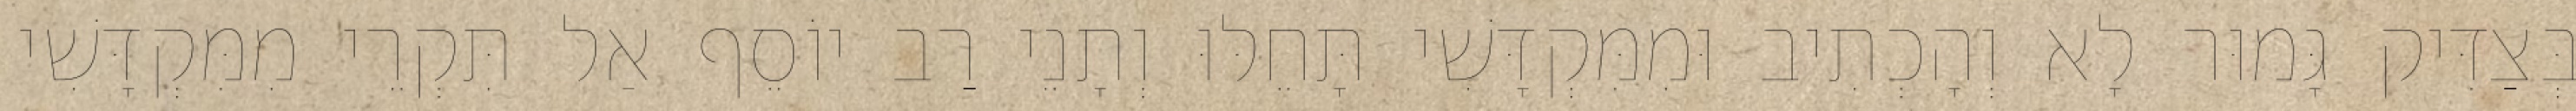
בְּצַדִּיק גָּמוּר לָא וְהָכְתִיב וּמִמִּקְדָּשִׁי תָּחֵלּוּ וְתָנֵי רַב יוֹסֵף אַל תִּקְרֵי מִמִּקְדָּשִׁי